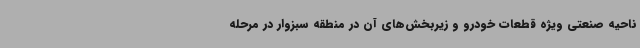
ناحیه صنعتی ویژه قطعات خودرو و زیربخش‌های آن در منطقه سبزوار در مرحله